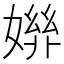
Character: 𡠒